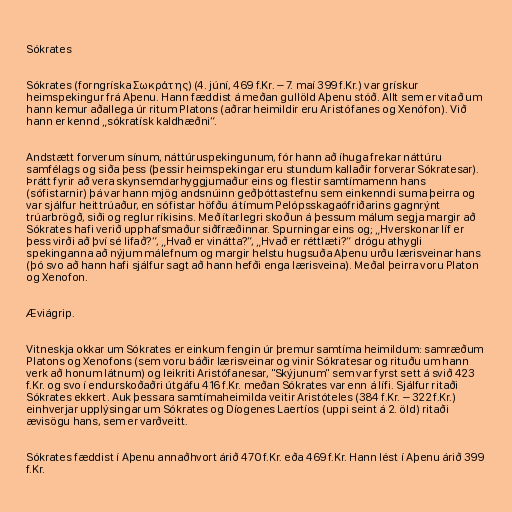
Sókrates

Sókrates (forngríska Σωκράτης) (4. júní, 469 f.Kr. – 7. maí 399 f.Kr.) var grískur
heimspekingur frá Aþenu. Hann fæddist á meðan gullöld Aþenu stóð. Allt sem er vitað um
hann kemur aðallega úr ritum Platons (aðrar heimildir eru Aristófanes og Xenófon). Við
hann er kennd „sókratísk kaldhæðni“.

Andstætt forverum sínum, náttúruspekingunum, fór hann að íhuga frekar náttúru
samfélags og siða þess (þessir heimspekingar eru stundum kallaðir forverar Sókratesar).
Þrátt fyrir að vera skynsemdarhyggjumaður eins og flestir samtímamenn hans
(sófistarnir) þá var hann mjög andsnúinn geðþóttastefnu sem einkenndi suma þeirra og
var sjálfur heittrúaður, en sófistar höfðu á tímum Pelópsskagaófriðarins gagnrýnt
trúarbrögð, siði og reglur ríkisins. Með ítarlegri skoðun á þessum málum segja margir að
Sókrates hafi verið upphafsmaður siðfræðinnar. Spurningar eins og; „Hverskonar líf er
þess virði að því sé lifað?“, „Hvað er vinátta?“, „Hvað er réttlæti?“ drógu athygli
spekinganna að nýjum málefnum og margir helstu hugsuða Aþenu urðu lærisveinar hans
(þó svo að hann hafi sjálfur sagt að hann hefði enga lærisveina). Meðal þeirra voru Platon
og Xenofon.

Æviágrip.

Vitneskja okkar um Sókrates er einkum fengin úr þremur samtíma heimildum: samræðum
Platons og Xenofons (sem voru báðir lærisveinar og vinir Sókratesar og rituðu um hann
verk að honum látnum) og leikriti Aristófanesar, "Skýjunum" sem var fyrst sett á svið 423
f.Kr. og svo í endurskoðaðri útgáfu 416 f.Kr. meðan Sókrates var enn á lífi. Sjálfur ritaði
Sókrates ekkert. Auk þessara samtímaheimilda veitir Aristóteles (384 f.Kr. – 322 f.Kr.)
einhverjar upplýsingar um Sókrates og Díogenes Laertíos (uppi seint á 2. öld) ritaði
ævisögu hans, sem er varðveitt.

Sókrates fæddist í Aþenu annaðhvort árið 470 f.Kr. eða 469 f.Kr. Hann lést í Aþenu árið 399
f.Kr.